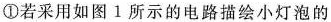
①若采用如图1所示的电路描绘小灯泡的